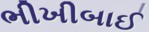
ભીખીબાઈ